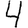
Digit: 4